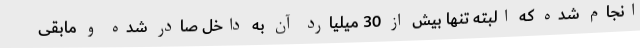
انجام شده که البته تنها بیش از 30 میلیارد آن به داخل صادر شده و مابقی